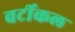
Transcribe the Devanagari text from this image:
वर्टीकल